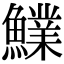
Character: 𩼋